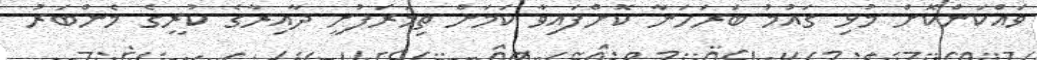
ވައްކަންކޮށް މުޅި ގައުމު ބަރަހަނާ ކޮށްފައިވާ ކަމަށް ތިމަރަފުށީ ދާއިރާގެ ކުރީގެ މެންބަރު